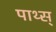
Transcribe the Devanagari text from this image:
पाथ्स्‌